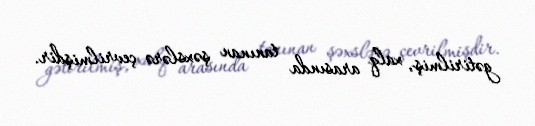
gətirilmiş, xalq arasında tanınan şəxslərə çevrilmişdir.